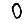
Digit: 0